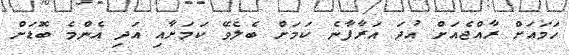
ހަމައަށް ރާއްޖެއަށް އުދަ އަރާފާނެ ކަމަށް ބެލެވޭ ކަމަށާއި އަދި އެންމެ ބޮޑަށް